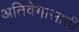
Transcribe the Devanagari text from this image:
अतिवेगासाठी